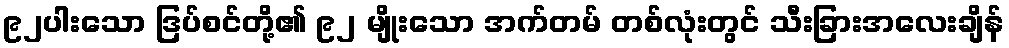
၉၂ပါးသော ဒြပ်စင်တို့၏ ၉၂ မျိုးသော အက်တမ် တစ်လုံးတွင် သီးခြားအလေးချိန်